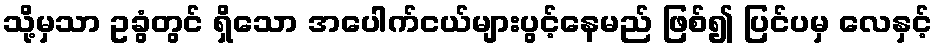
သို့မှသာ ဥခွံတွင် ရှိသော အပေါက်ငယ်များပွင့်နေမည် ဖြစ်၍ ပြင်ပမှ လေနှင့်